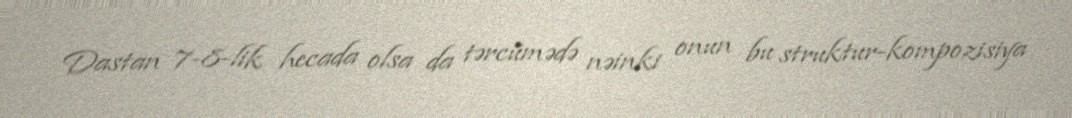
Dastan 7-8-lik hecada olsa da tərcümədə nəinki onun bu struktur-kompozisiya